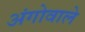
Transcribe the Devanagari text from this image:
अंगोवाले